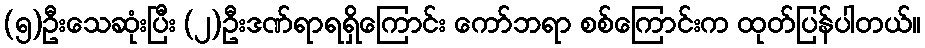
(၅)ဦးသေဆုံးပြီး (၂)ဦးဒဏ်ရာရရှိကြောင်း ကော်ဘရာ စစ်ကြောင်းက ထုတ်ပြန်ပါတယ်။